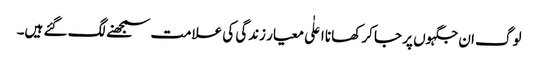
لوگ ان جگہوں پر جا کر کھانا اعلٰی معیار زندگی کی علامت سمجھنے لگ گئے ہیں۔